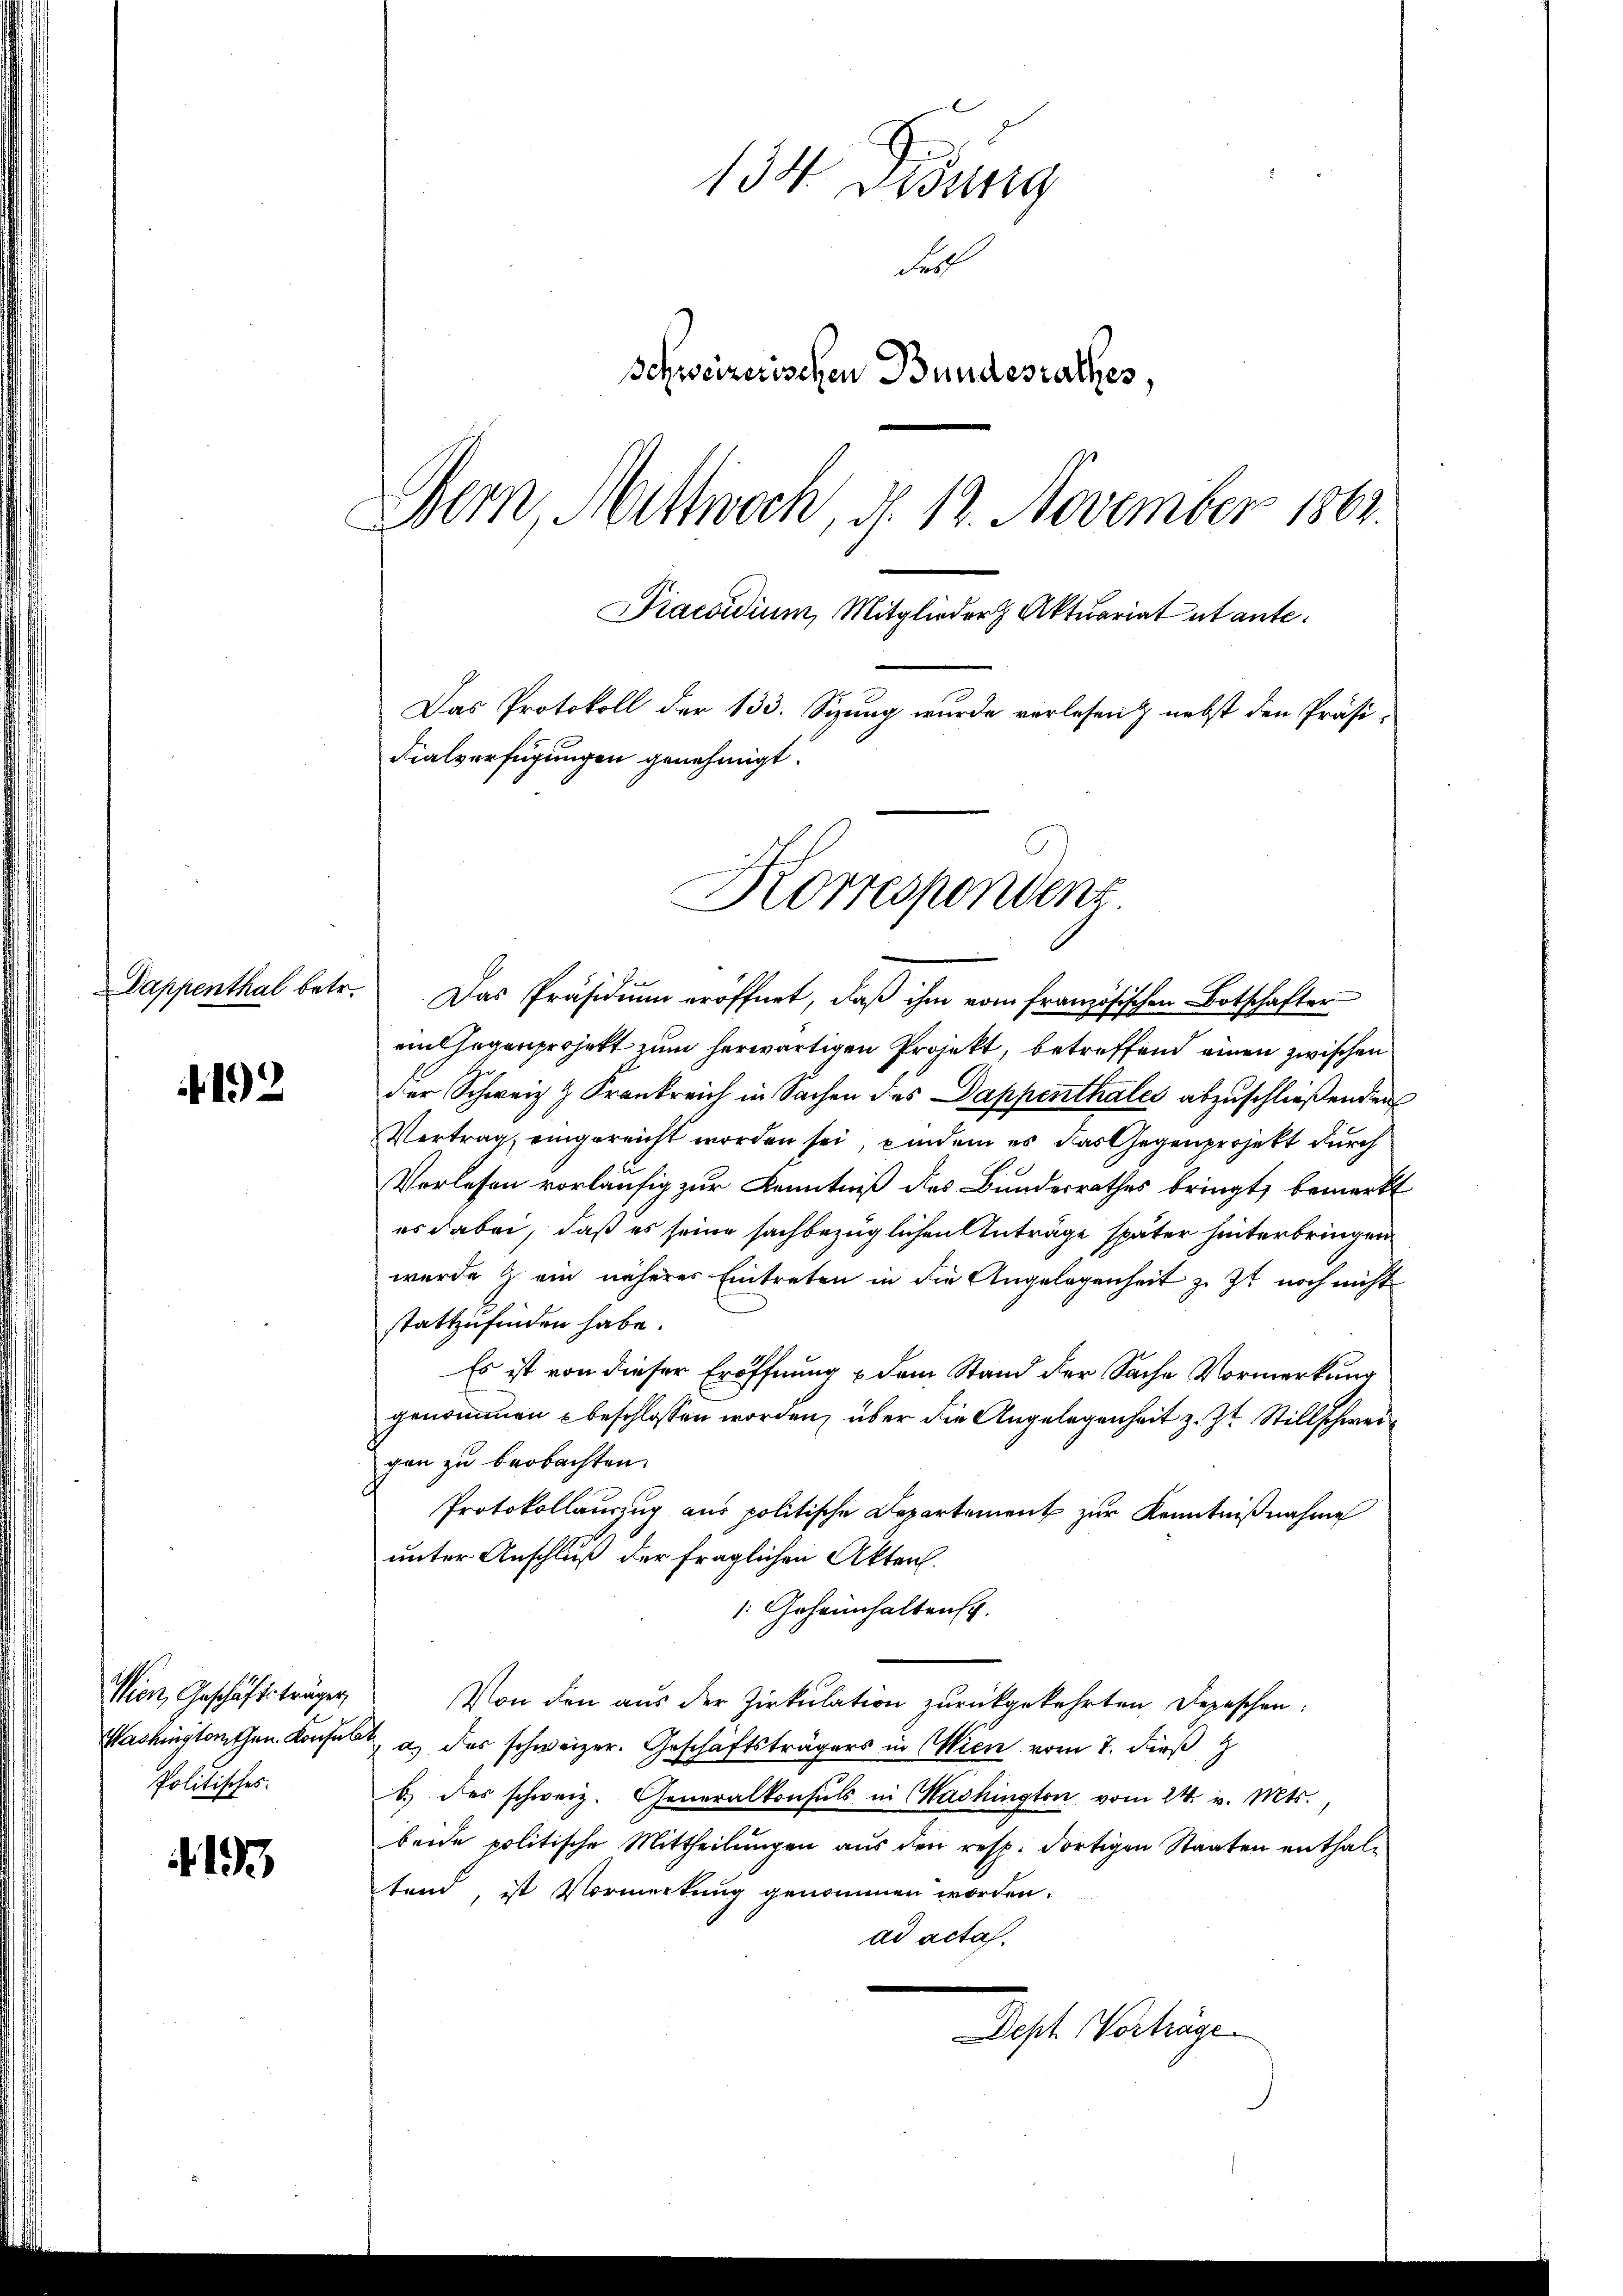
4192

Wien, Geschäftsträger,
Politisches.

1

134 Didung
Fer
Schweizerischen Bundesrathes
Bern, Mittwoch, d. 12. November 1862.
Praesidium, Mitglieder Aktuariat utante.
Das Protokoll der 133. Spung wurde verlesen & nebst den Präsi-
Fialverfügungen genehmigt.

Korrespondenz

Sappenthal betr. Das Präsidium eröffnet, daß ihm vom französischen Botschaften
ein Gegenprojekt zum herwärtigen Projekt, betreffend einen zwischen
der Schweiz & Frankreich in Sachen des Dappenthales abzuschließenden
Vertrag, eingereicht worden sei, indem es das Gegenprojekt durch
Vorlesen vorläufig zur Kenntniß des Bundesrathes bringt, bemerkt
es dabei, daß es seine sachbezüglichen Anträge später hinterbringen
wurde & ein näherer Eintreten in die Angelegenheit z. Zt. noch nicht
stattzufinden habe.
Es ist von dieser Eröffnung & dem Stand der Sache Vormerkung
genommen u beschlossen worden, über die Angelegenheit z. Zt. Stillschweigen zu beobachten.
Protokollauszug aus politische Departement zur Kenntnißnahme
unter Anschluß der fraglichen Akten.
 Geheimhaltens.
Von den aus der Zirkulation zurückgekehrten Depeschen.
Washingtonthen Konfer a. des schweizer. Geschäftsträgers in Wien vom 7. dieß
b. des schweiz. Generalkonsuls in Washington vom 24. v. Mts.,
beide politische Mittheilungen aus den resp. dortigen Staaten enthaltend, ist Vormerkung genommen worden.
ad acta.
Dept Vorträge